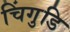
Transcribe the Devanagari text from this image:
चिंगुडि